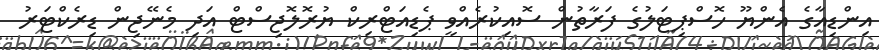
އިންޑިއާގެ އެންޔޫ ހޮސްޕިޓަލުގެ ފަރާތުން ސޮއިކުރެއްވީ ޕެޑިއަޓްރިކް ޔުރޮލޮޖިސްޓް އަދި މެނޭޖިން ޑިރެކްޓަރު